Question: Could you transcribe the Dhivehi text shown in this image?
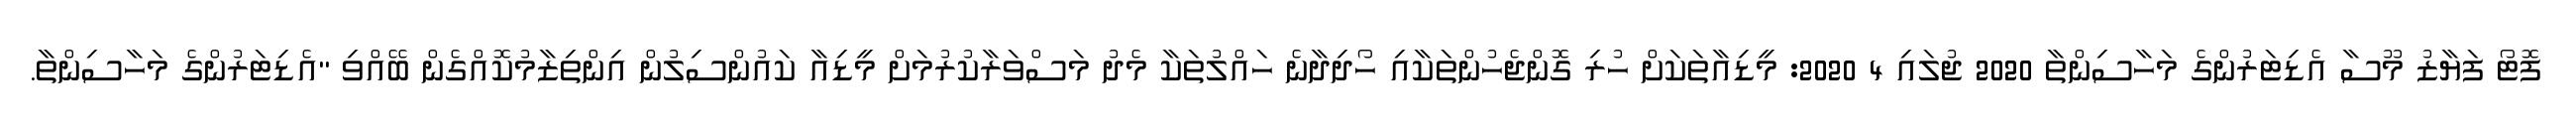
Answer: ފޮޓޯ ފަޔާޒު މޫސާ އެޑިޓަރުންގެ މަހާސިންތާ 2020 ޖުލައި 4 2020: މީޑިއާތަކަށް ހުރި ގޮންޖެހުންތަކާއި ހޯދިދާނެ ހައްލުތަކާ މެދު މަސްވަރާކުރުމަށް މީޑިއާ ކައުންސިލުން އިންތިޒާމުކޮއްގެން ބޭއްވި "އެޑިޓަރުންގެ މަހާސިންތާ.